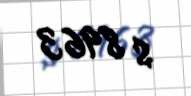
$ 8963